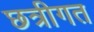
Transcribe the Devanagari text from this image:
छत्रीगत